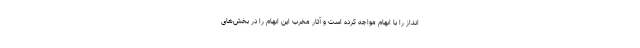
انداز را با ابهام مواجه کرده است و آثار مخرب این ابهام را در بخش‌های